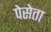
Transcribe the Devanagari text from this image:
पेसेता